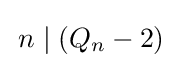
\,n\mid (Q_{n}-2)